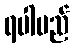
ရပါမည်